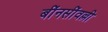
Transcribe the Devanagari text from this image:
बींनसींवल्ली